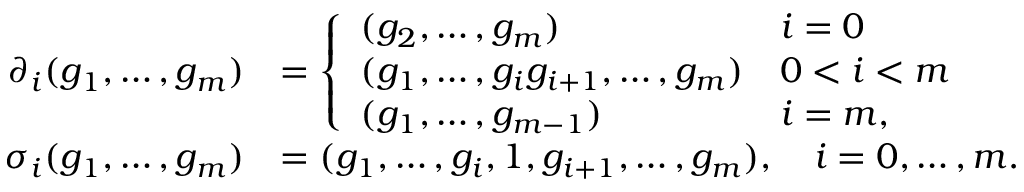
\begin{array} { r l } { \partial _ { i } ( g _ { 1 } , \ldots , g _ { m } ) } & { = \left\{ \begin{array} { l l } { ( g _ { 2 } , \ldots , g _ { m } ) } & { i = 0 } \\ { ( g _ { 1 } , \ldots , g _ { i } g _ { i + 1 } , \ldots , g _ { m } ) } & { 0 < i < m } \\ { ( g _ { 1 } , \ldots , g _ { m - 1 } ) } & { i = m , } \end{array} \right. } \\ { \sigma _ { i } ( g _ { 1 } , \ldots , g _ { m } ) } & { = ( g _ { 1 } , \ldots , g _ { i } , 1 , g _ { i + 1 } , \ldots , g _ { m } ) , \quad i = 0 , \ldots , m . } \end{array}